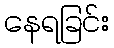
နေရခြင်း